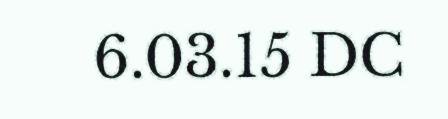
6.03.15 DC